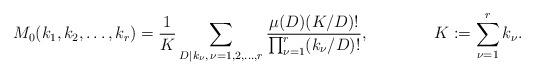
LaTeX: \begin{align*}M_0(k_1,k_2,\dots,k_r) = \frac1{K} \sum_{D|k_\nu ,\, \nu=1,2,\dots,r} \frac{\mu(D) (K/D)!}{\prod_{\nu=1}^r (k_\nu /D)!} ,\qquad\qquad K := \sum_{\nu=1}^r k_\nu .\end{align*}